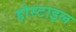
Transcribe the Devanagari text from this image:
होस्टाइल